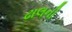
ઢાલની